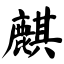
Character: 麒